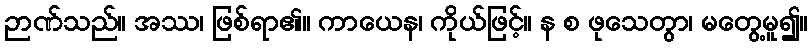
ဉာဏ်သည်။ အဿ၊ ဖြစ်ရာ၏။ ကာယေန၊ ကိုယ်ဖြင့်။ န စ ဖုသေတွာ၊ မတွေ့မူ၍။